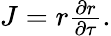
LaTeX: \begin{array}{r}{J=r\frac{\partial r}{\partial\tau}.}\end{array}